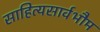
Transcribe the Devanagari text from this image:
साहित्यसार्वभौम